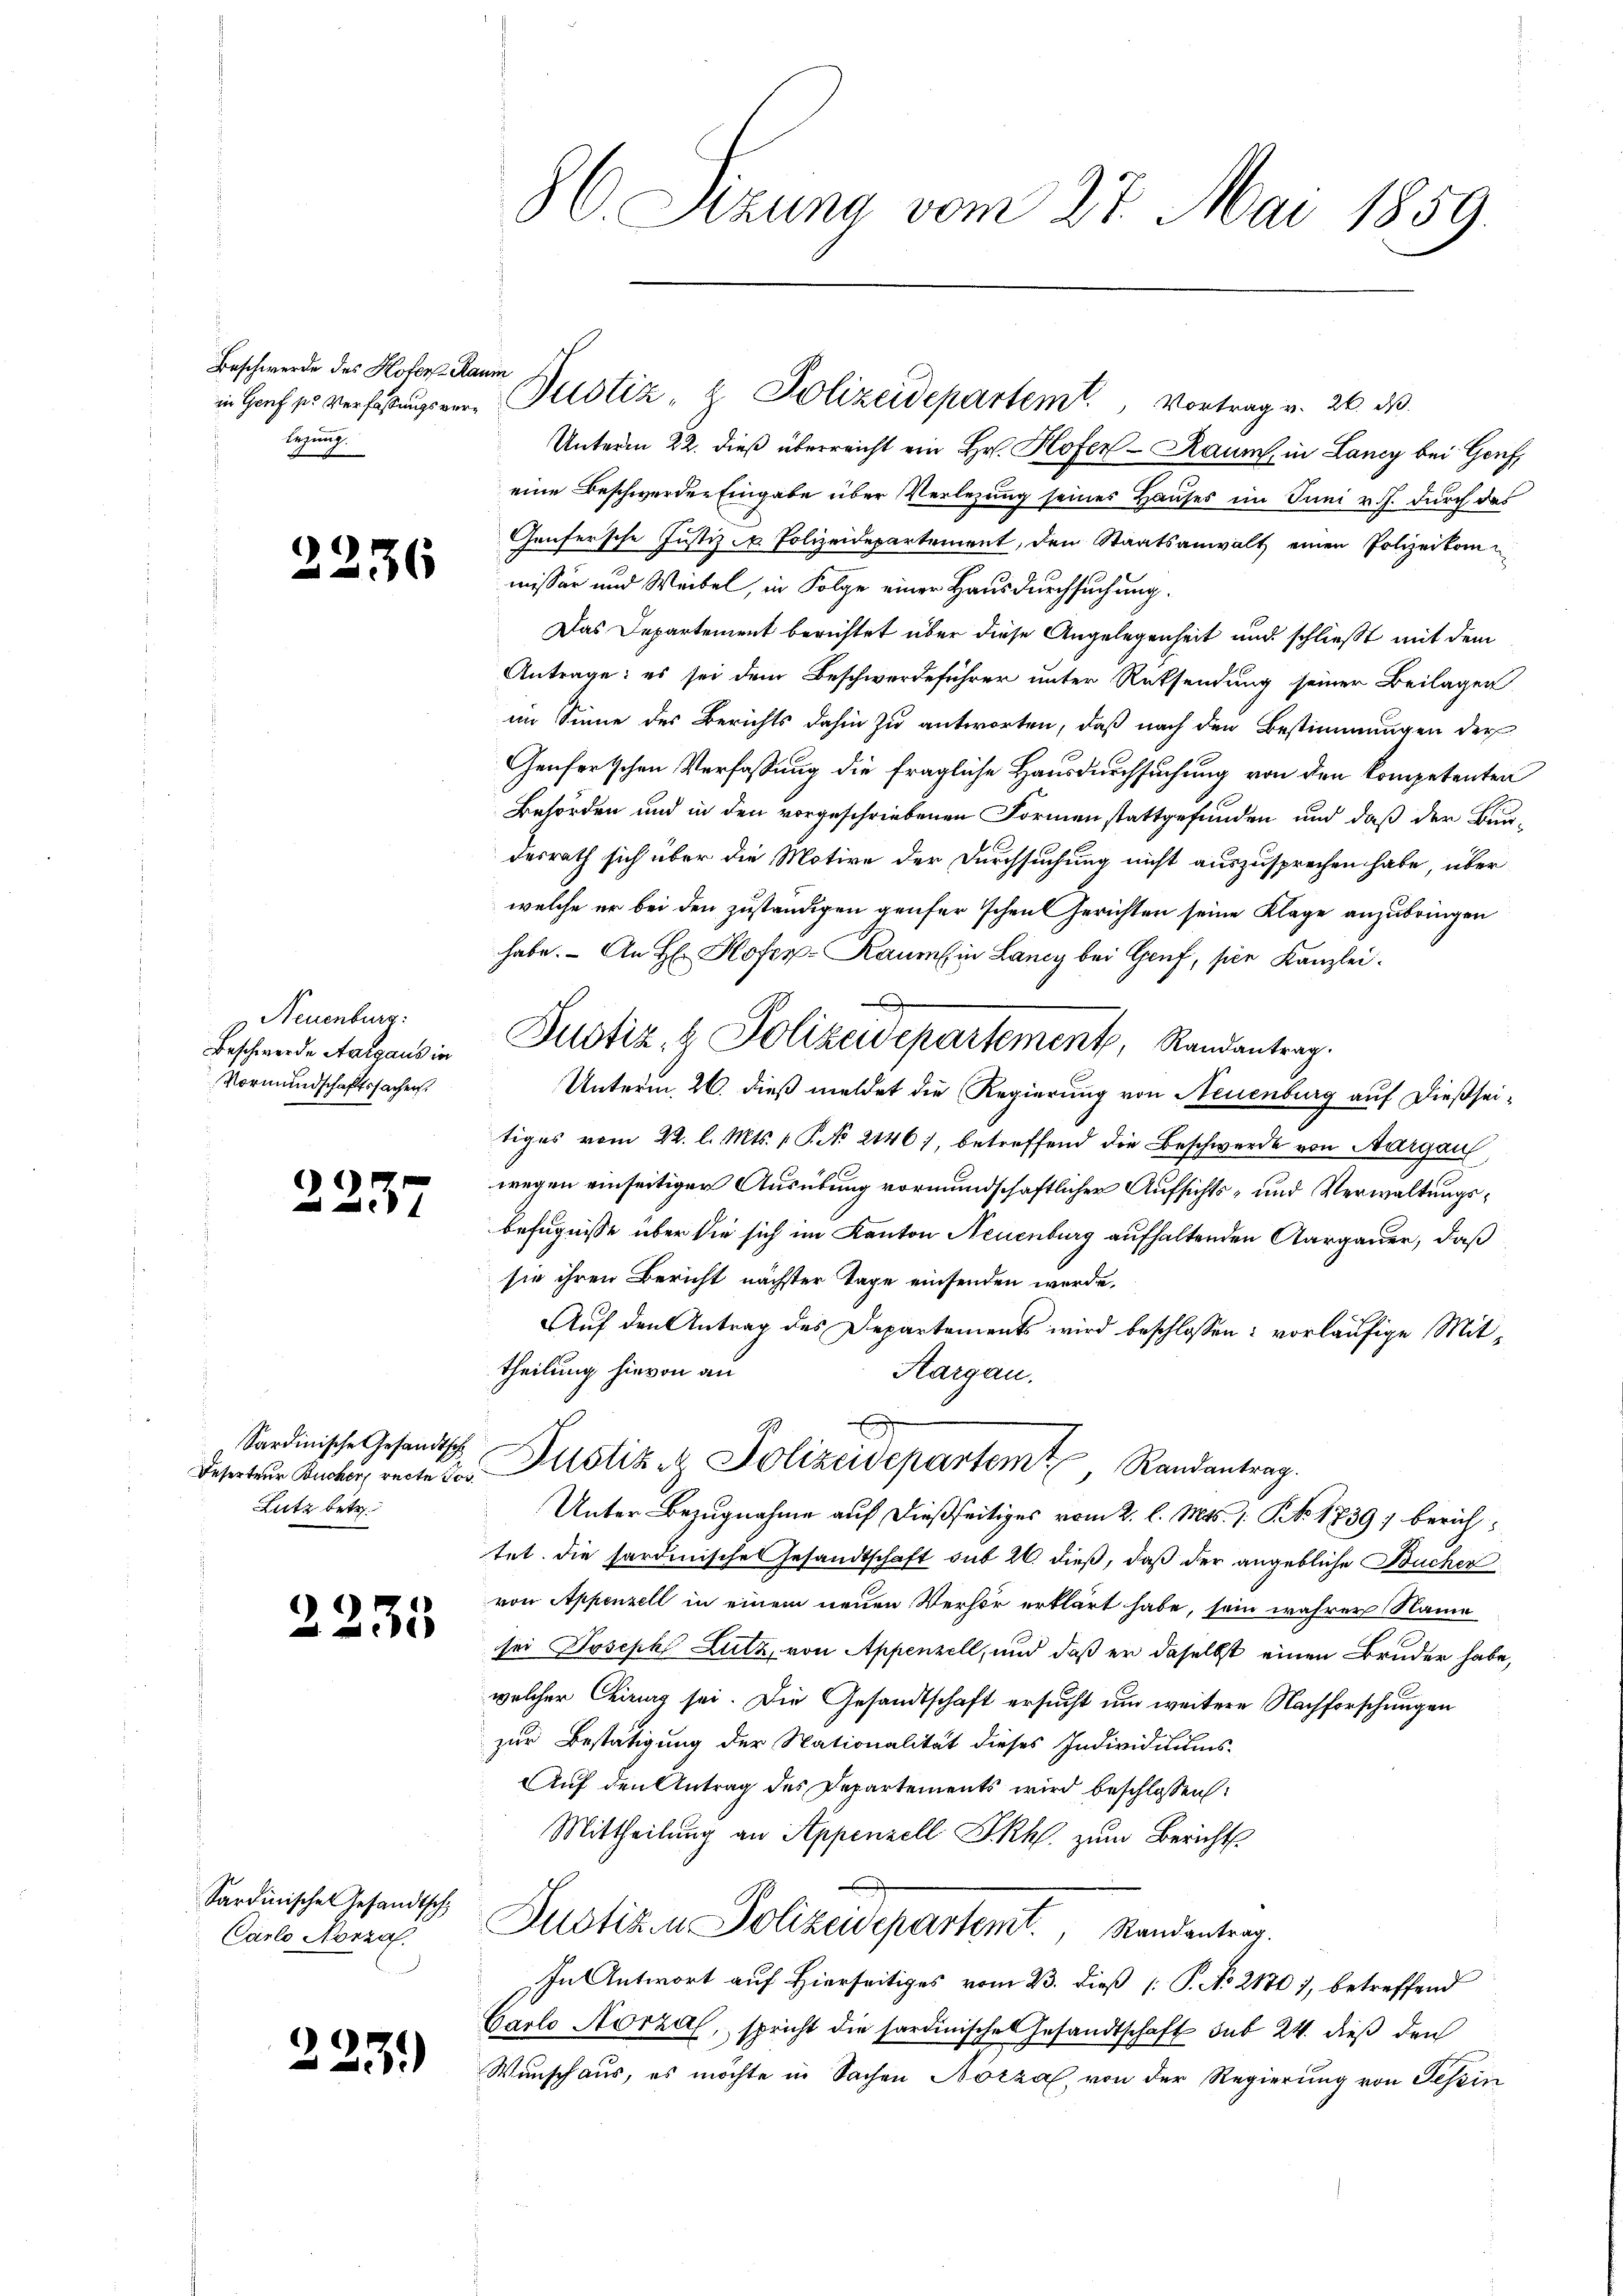
Beschwerde des Hoter Raum
legung.

)

Neuenburg:
Beschwerde Aargaus in
Vormundschaftssachen.

.
n

Sardinische Gesandtschi
Deserteur Bucher recte Jos
Lutz betr.

c

Sardinischen Gesandtsch
Carlo Nonza.

c

3

1236

237

35

15.)

86. Sizung vom 27. Mai 1859.

Unterm 22. dieß überreicht ein Hr. Hofen - Raum, in Lancy bei Genf
eine Beschwerden Eingabe über Verlegung seines Hauses im Juni v. J. durch das
Genfersche Justiz u. Polizeidepartement, den Staatsanwalt einen Polizeikomm
missär und Weibel, in Folge einer Hausdurchsuchung.
Das Departement berichtet über diese Angelegenheit und schließt mit dem
Antrage: es sei dem Beschwerdeführer unter Rücksendung seiner Beilagen
im Sinne des Berichts dahin zu antworten, daß nach den Bestimmungen der
Genfertschen Verfassung die fragliche Hausdurchsuchung von den kompetenten
Behörden und in den vorgeschriebenen Formen stattgefunden und daß der Bun-
desrath sich über die Motive der Durchsuchung nicht auszusprechen habe, über
welche er bei den zuständigen genfer’schen Gerichten seine Klage anzubringen
habe. - An H Kofer-Raum in Laney bei Genf, sie Kanzlei.
Unterm 26. dieß meldet die Regierung von Neuenburg auf dießseitiges vom 22. l. Mts. 1. P. No 2146), betreffend die Beschwerde von Aargau
wegen einseitiger Ausübung vormundschaftlicher Aufsichts- und Verwaltungsbefugnisse über die sich im Kanton Neuenburg aufhaltenden Aargauer, daß
sie ihren Bericht nächster Tage einsenden werde,
Auf den Antrag des Departements wird beschlossen: vorläufige Mittheilung hievon an
Aargau.
Judiziz Polizeidepartemt
 Randantrag.
Unter Bezugnahme auf dießseitiges vom 2. l. Mts. 1. S. 1739; berichtet. Die hardinische Gesandtschaft sub 20. dieß, daß der angebliche Bucher
von Appenzell in einem neuen Verhör erklärt habe, sein wahrer Name
sei Joseph Lutz, von Appenzell, und daß er daselbst einen Bruder habe,
welcher Chirurg sei. Die Gesandtschaft ersucht um weitere Nachforschungen
zur Bestätigung der Nationalität dieses Individuums-
Auf den Antrag des Departements wird beschlossen:
Mittheilung an Appenzell I.Rh. zum Berichts-
Justiz- u Polizeisepartemt, Randantrag.
In Antwort auf Hierseitiges vom 23. Dieß [ P. No 21707, betreffend
Carlo Norzal, spricht die sardinische Gesandtschaft sub 24. dieß den
Wunschaus, es möchte in Sachen Norza, von der Regierung von Tessin

in Hof so verfaßungen Justiz- & Polizeidepartemt. Vortrag v. 26. d.

s
Justiz & Polizeidepartement, Randantrag.